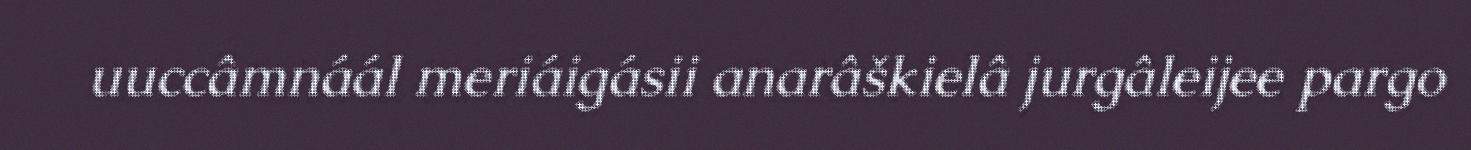
uuccâmnáál meriáigásii anarâškielâ jurgâleijee pargo